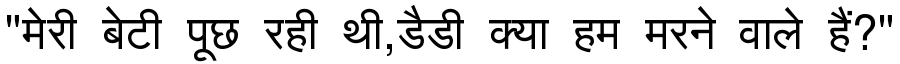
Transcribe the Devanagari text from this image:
"मेरी बेटी पूछ रही थी,डैडी क्या हम मरने वाले हैं?"